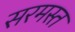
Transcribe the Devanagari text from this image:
सरमस्त